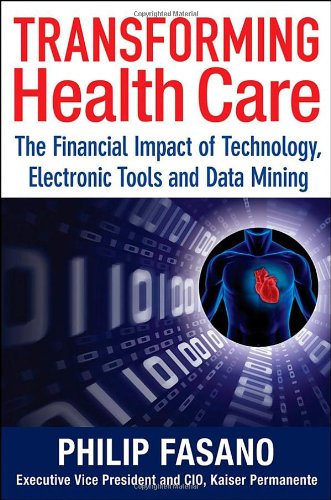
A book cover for Transforming Health Care: The Financial Impact of Technology, Electronic Tools and Data Mining; Phil Fasano; Business & Money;